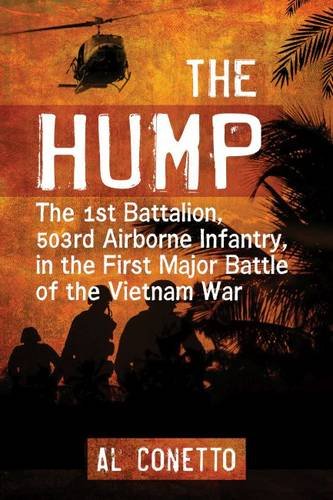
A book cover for The Hump: The 1st Battalion, 503rd Airborne Infantry, in the First Major Battle of the Vietnam War; Al Conetto; History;